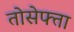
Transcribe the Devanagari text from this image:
तोसेफ्ता